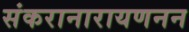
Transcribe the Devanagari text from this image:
संकरानारायणनन